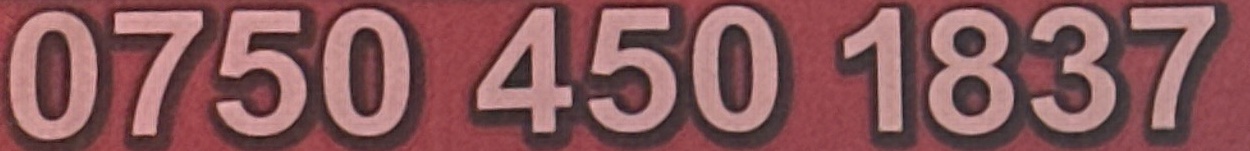
0750 450 1837